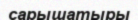
сарышатыры